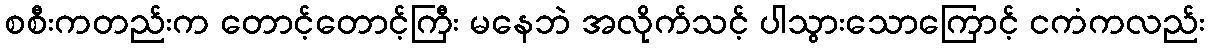
စစီးကတည်းက တောင့်တောင့်ကြီး မနေဘဲ အလိုက်သင့် ပါသွားသောကြောင့် ငကံကလည်း